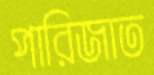
পারিজাত